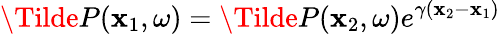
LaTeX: \Tilde{P}(\mathbf{x}_{1},\omega)=\Tilde{P}(\mathbf{x}_{2},\omega)e^{\gamma(\mathbf{x}_{2}-\mathbf{x}_{1})}